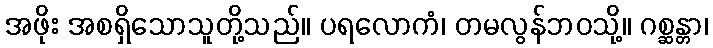
အဖိုး အစရှိသောသူတို့သည်။ ပရလောကံ၊ တမလွန်ဘဝသို့။ ဂစ္ဆန္တာ၊